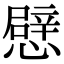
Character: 憵